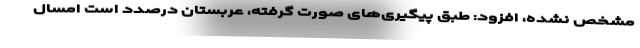
مشخص نشده، افزود: طبق پیگیری‌های صورت گرفته، عربستان درصدد است امسال